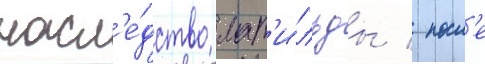
насл'е́дство мат'и́льды / посл'е